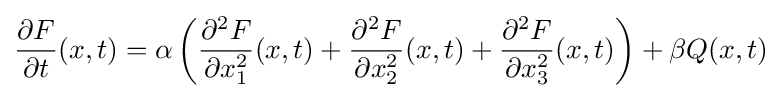
{\frac {\partial F}{\partial t}}(x,t)=\alpha \left({\frac {\partial ^{2}F}{\partial x_{1}^{2}}}(x,t)+{\frac {\partial ^{2}F}{\partial x_{2}^{2}}}(x,t)+{\frac {\partial ^{2}F}{\partial x_{3}^{2}}}(x,t)\right)+\beta Q(x,t)